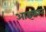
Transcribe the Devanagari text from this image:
आइकान